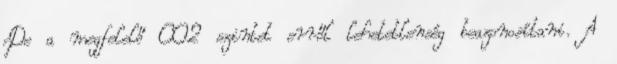
De a megfelelő CO2 szintet erről lehetetlenség beazonosítani. A